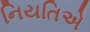
નિયતિએ